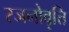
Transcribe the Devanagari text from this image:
रजनोवृत्ति